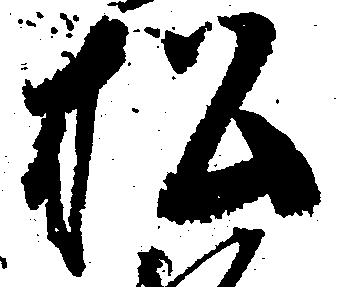
松